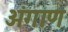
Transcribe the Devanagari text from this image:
अंगाण